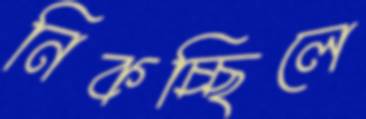
নিকচ্ছিলে